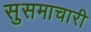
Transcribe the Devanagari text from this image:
सुसमाचारी